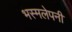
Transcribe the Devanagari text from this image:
भस्मलेपनी